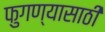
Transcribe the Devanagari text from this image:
फुगण्यासाठी